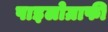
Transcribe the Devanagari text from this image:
पाइलोग्राफी